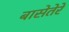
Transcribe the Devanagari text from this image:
बासेतेरे